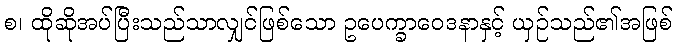
စ၊ ထိုဆိုအပ်ပြီးသည်သာလျှင်ဖြစ်သော ဥပေက္ခာဝေဒနာနှင့် ယှဉ်သည်၏အဖြစ်